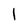
Character: l